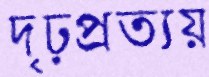
দৃঢ়প্রত্যয়